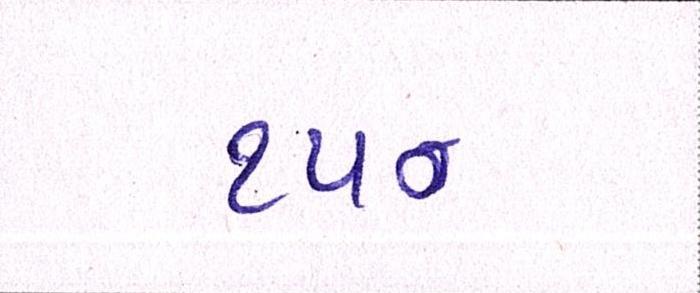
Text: ૧૫૦